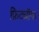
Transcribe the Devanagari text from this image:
फ्रिट्यॉफ